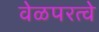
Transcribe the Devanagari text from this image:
वेळपरत्वे